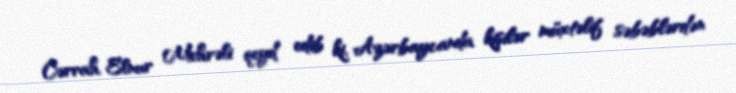
Cərrah Elnur Mehrəli qeyd edib ki, Azərbaycanda kişilər müxtəlif səbəblərdən